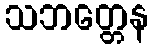
သဘတ္တေန